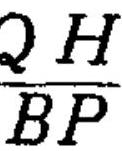
\(\frac{QH}{BP}\)